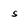
Character: S